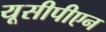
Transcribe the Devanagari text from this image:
यूसीपीएन